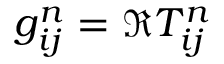
g _ { i j } ^ { n } = \Re T _ { i j } ^ { n }